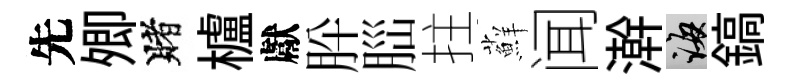
先𡖖賭櫨獻肸𦛁拄蘚闻澣誨鎬